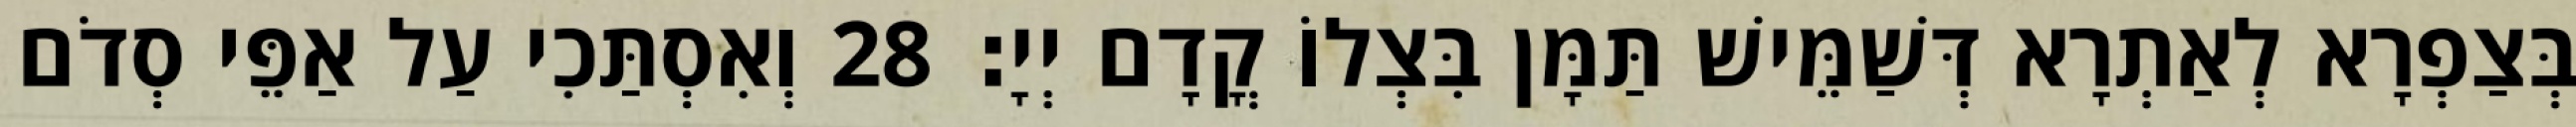
בְּצַפְרָא לְאַתְרָא דְּשַׁמֵּישׁ תַּמָּן בִּצְלוֹ קֳדָם יְיָ׃ 28 וְאִסְתַּכִי עַל אַפֵּי סְדֹם